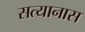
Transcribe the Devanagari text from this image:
सत्यानास